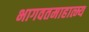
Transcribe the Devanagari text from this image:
भागवतमाहात्म्य